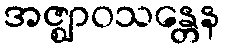
အဇ္ဈာဝသန္တေန